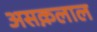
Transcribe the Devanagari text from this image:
असक़लाल